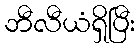
ဘီလီယံရှိပြီး